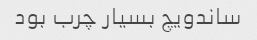
ساندویچ بسیار چرب بود